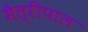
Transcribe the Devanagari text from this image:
मैत्‍रीपाल